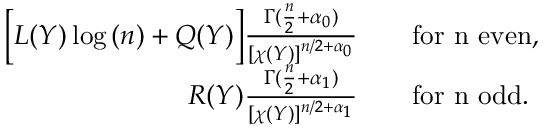
\begin{array} { r l } { \Big [ L ( Y ) \log { ( n ) } + Q ( Y ) \Big ] \frac { \Gamma ( \frac { n } { 2 } + \alpha _ { 0 } ) } { [ \chi ( Y ) ] ^ { n / 2 + \alpha _ { 0 } } } } & { \quad \mathrm { f o r ~ n ~ e v e n } , } \\ { R ( Y ) \frac { \Gamma ( \frac { n } { 2 } + \alpha _ { 1 } ) } { [ \chi ( Y ) ] ^ { n / 2 + \alpha _ { 1 } } } } & { \quad \mathrm { f o r ~ n ~ o d d } . } \end{array}